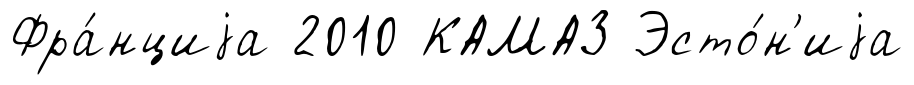
Фра́нциjа 2010 КАМАЗ Эсто́н'иjа